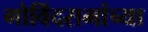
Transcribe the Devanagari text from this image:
गोविंदरामांच्या